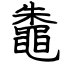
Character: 鼄